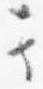
其